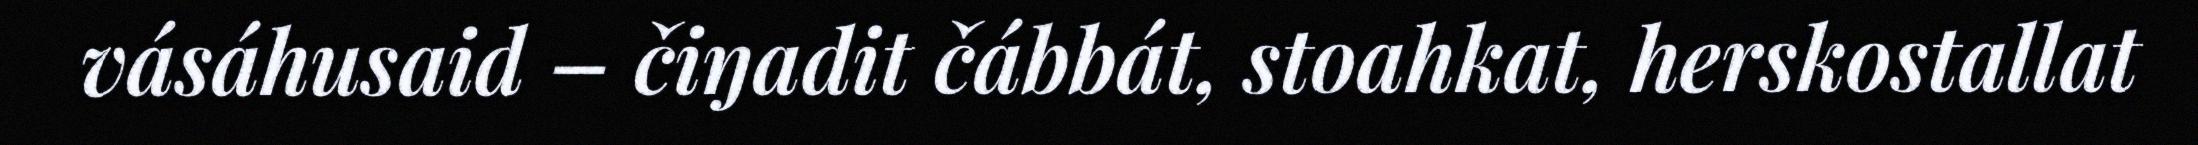
vásáhusaid – čiŋadit čábbát, stoahkat, herskostallat